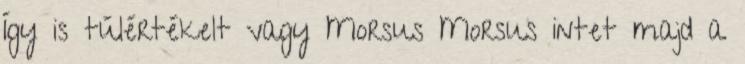
Így is túlértékelt vagy Morsus Morsus intet majd a